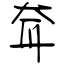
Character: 耷